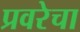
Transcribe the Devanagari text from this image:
प्रवरेचा